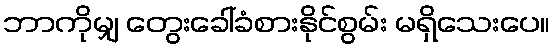
ဘာကိုမျှ တွေးခေါ်ခံစားနိုင်စွမ်း မရှိသေးပေ။